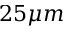
2 5 \mu m